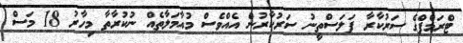
ޓްރަމްޕްގެ ސަރުކާރާ ފަލަސްތީނު ސަރުކާރުން އެއްވެސް މުއާމަލާތެއް ނުކުރާތާ މިހާރު 18 މަސް